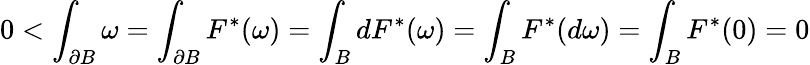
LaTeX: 0<\int_{\partial B}\omega=\int_{\partial B}F^{*}(\omega)=\int_{B}dF^{*}(\omega)=\int_{B}F^{*}(d\omega)=\int_{B}F^{*}(0)=0